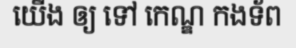
យើង ឲ្យ ទៅ កេណ្ឌ កងទ័ព